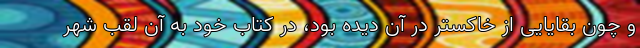
و چون بقایایی از خاکستر در آن دیده بود، در کتاب خود به آن لقب شهر